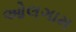
ઓલગામ